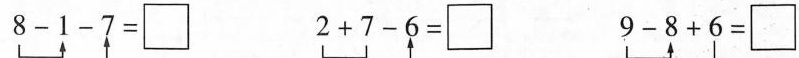
$$8 - 1 - 7 = \Box$$ $$2 + 7 - 6 = \Box$$ $$9 - 8 + 6 = \Box$$